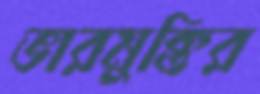
ভারমুক্তির